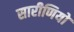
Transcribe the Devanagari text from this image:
सारीणियों